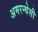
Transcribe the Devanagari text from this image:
अमरन्थेसी